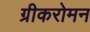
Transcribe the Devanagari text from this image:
ग्रीकरोमन